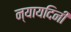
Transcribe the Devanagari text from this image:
न्यायदिनी